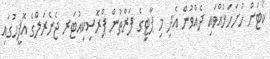
ކޯޓަށް ހުށަހަޅުއްވައި ދެއްވުން އެދި މި ޕާޓީގެ ފަރާތުން ޕްރޮސިކިއުޓަރ ޖެނެރަލްގެ އޮފީހުގައި